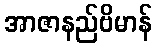
အာဇာနည်ဗိမာန်